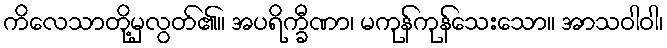
ကိလေသာတို့မှလွတ်၏။ အပရိက္ခီဏာ၊ မကုန်ကုန်သေးသော။ အာသဝါဝါ၊